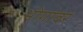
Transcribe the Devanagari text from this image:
भोगांवर